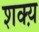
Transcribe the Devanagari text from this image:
शक्य़